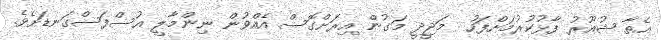
އެތާ ޝުއޫރު ފާޅުކުރުމަށްފަހު  މަޖީދީ މަގުން އިރަށްގޮސް އެއްވުން ނިންމާލީ އުސްފަސްގަނޑަށެވެ.